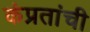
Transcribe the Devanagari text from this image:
कंप्रतांची